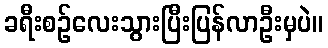
ခရီးစဉ်လေးသွားပြီးပြန်လာဦးမှပဲ။